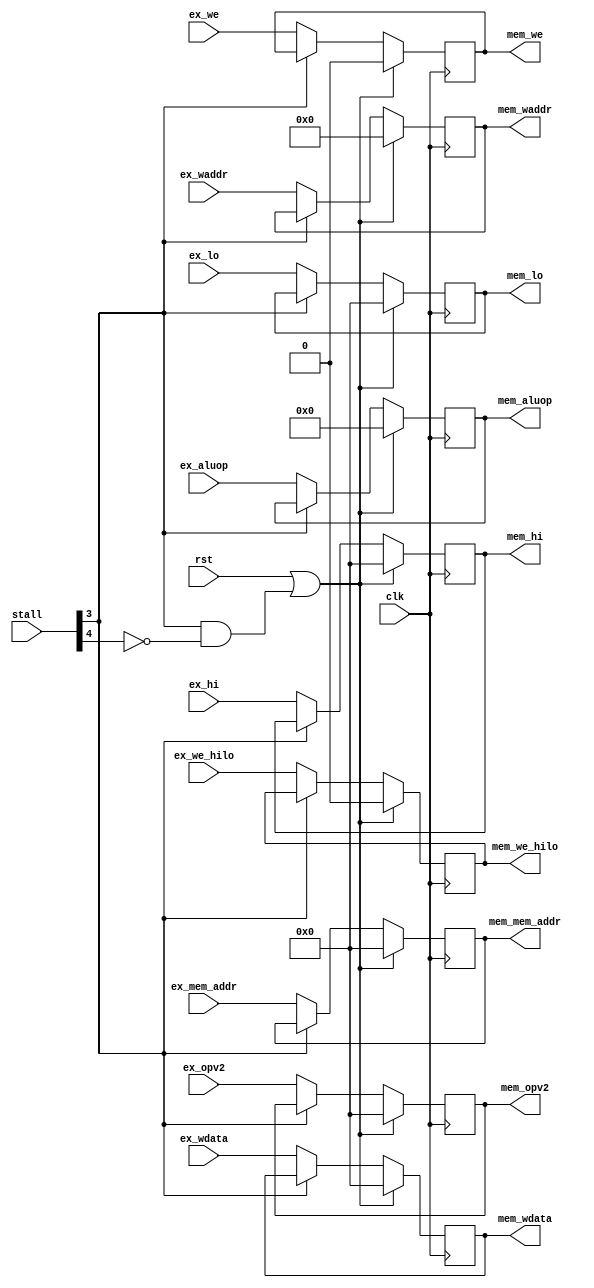
module reg_ex_mem (
    input             ex_we       ,
    input      [ 4:0] ex_waddr    ,
    input      [31:0] ex_wdata    ,
    output reg        mem_we      ,
    output reg [ 4:0] mem_waddr   ,
    output reg [31:0] mem_wdata   ,
    input             ex_we_hilo  ,
    input      [31:0] ex_hi       ,
    input      [31:0] ex_lo       ,
    output reg        mem_we_hilo ,
    output reg [31:0] mem_hi      ,
    output reg [31:0] mem_lo      ,
    input      [ 5:0] stall       ,
    input      [ 7:0] ex_aluop    ,
    input      [31:0] ex_mem_addr ,
    input      [31:0] ex_opv2     ,
    output reg [ 7:0] mem_aluop   ,
    output reg [31:0] mem_mem_addr,
    output reg [31:0] mem_opv2    ,
    input             clk         ,
    input             rst
);

    always @(posedge clk) begin
        if (rst || (stall[3] && !stall[4])) begin
            mem_we       <= 0;
            mem_waddr    <= 0;
            mem_wdata    <= 0;
            mem_we_hilo  <= 0;
            mem_hi       <= 0;
            mem_lo       <= 0;
            mem_aluop    <= 0;
            mem_mem_addr <= 0;
            mem_opv2     <= 0;
        end else if (!stall[3]) begin
            mem_we       <= ex_we;
            mem_waddr    <= ex_waddr;
            mem_wdata    <= ex_wdata;
            mem_we_hilo  <= ex_we_hilo;
            mem_hi       <= ex_hi;
            mem_lo       <= ex_lo;
            mem_aluop    <= ex_aluop   ;
            mem_mem_addr <= ex_mem_addr;
            mem_opv2     <= ex_opv2    ;
        end
    end

endmodule // reg_ex_mem